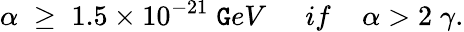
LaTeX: \alpha\; \geq\; 1.5\times10^{-21}\; \mathtt{G}eV\; \; \; \; \; if\; \; \; \; \alpha>2\; \gamma.